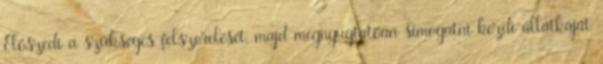
Előszedi a szükséges felszerelését, majd megnyugtatóan simogatni kezdi állatkáját